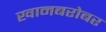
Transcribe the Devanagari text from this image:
खानबरोबर